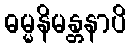
ဓမ္မနိမန္တနာပိ